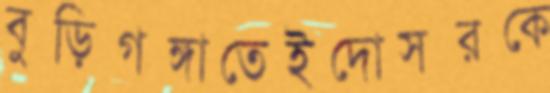
বুড়িগঙ্গাতেইদোসরকে